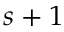
s + 1